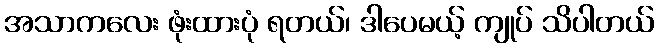
အသာကလေး ဖုံးထားပုံ ရတယ်၊ ဒါပေမယ့် ကျုပ် သိပါတယ်